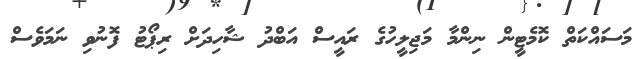
މަސައްކަތް ކޮމެޓީން ނިންމާ މަޖިލީހުގެ ރައީސް އަބްދު ޝާހިދަށް ރިޕޯޓު ފޮނުވި ނަމަވެސް